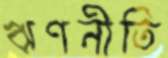
ঋণনীতি